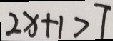
2 x + 1 > 7